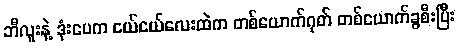
ဘီလူးနဲ့ ဒုံးပေက ငယ်ငယ်လေးထဲက တစ်ယောက်ဂုတ် တစ်ယောက်ခွစီးပြီး